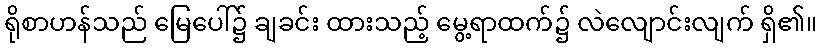
ရိုစာဟန်သည် မြေပေါ်၌ ချခင်း ထားသည့် မွေ့ရာထက်၌ လဲလျောင်းလျက် ရှိ၏။